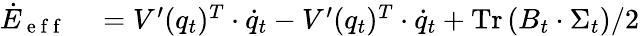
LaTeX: \begin{array}{rl}{\dot{E}_{\mathrm{~e~f~f~}}}&{{}=V^{\prime}(q_{t})^{T}\cdot\dot{q}_{t}-V^{\prime}(q_{t})^{T}\cdot\dot{q}_{t}+\operatorname{Tr}\left(B_{t}\cdot\Sigma_{t}\right)/2}\end{array}